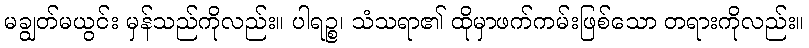
မချွတ်မယွင်း မှန်သည်ကိုလည်း။ ပါရဉ္စ၊ သံသရာ၏ ထိုမှာဖက်ကမ်းဖြစ်သော တရားကိုလည်း။